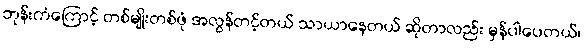
ဘုန်းကံကြောင့် တစ်မျိုးတစ်ဖုံ အလွန်တင့်တယ် သာယာနေတယ် ဆိုတာလည်း မှန်ပါပေတယ်၊